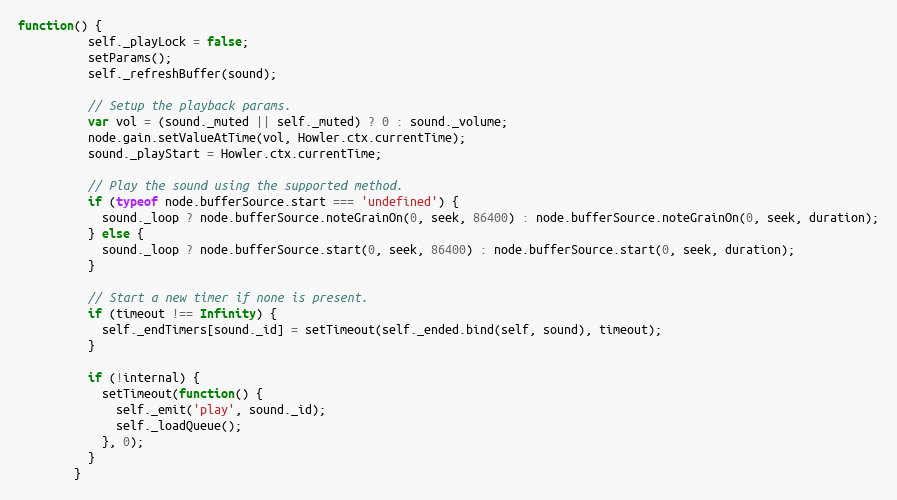
Language: JavaScript
function() {
          self._playLock = false;
          setParams();
          self._refreshBuffer(sound);

          // Setup the playback params.
          var vol = (sound._muted || self._muted) ? 0 : sound._volume;
          node.gain.setValueAtTime(vol, Howler.ctx.currentTime);
          sound._playStart = Howler.ctx.currentTime;

          // Play the sound using the supported method.
          if (typeof node.bufferSource.start === 'undefined') {
            sound._loop ? node.bufferSource.noteGrainOn(0, seek, 86400) : node.bufferSource.noteGrainOn(0, seek, duration);
          } else {
            sound._loop ? node.bufferSource.start(0, seek, 86400) : node.bufferSource.start(0, seek, duration);
          }

          // Start a new timer if none is present.
          if (timeout !== Infinity) {
            self._endTimers[sound._id] = setTimeout(self._ended.bind(self, sound), timeout);
          }

          if (!internal) {
            setTimeout(function() {
              self._emit('play', sound._id);
              self._loadQueue();
            }, 0);
          }
        }